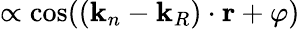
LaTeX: \propto\cos((\mathbf{k}_{n}-\mathbf{k}_{R})\cdot\mathbf{r}+\varphi)